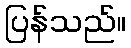
ပြန်သည်။